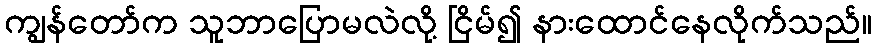
ကျွန်တော်က သူဘာပြောမလဲလို့ ငြိမ်၍ နားထောင်နေလိုက်သည်။